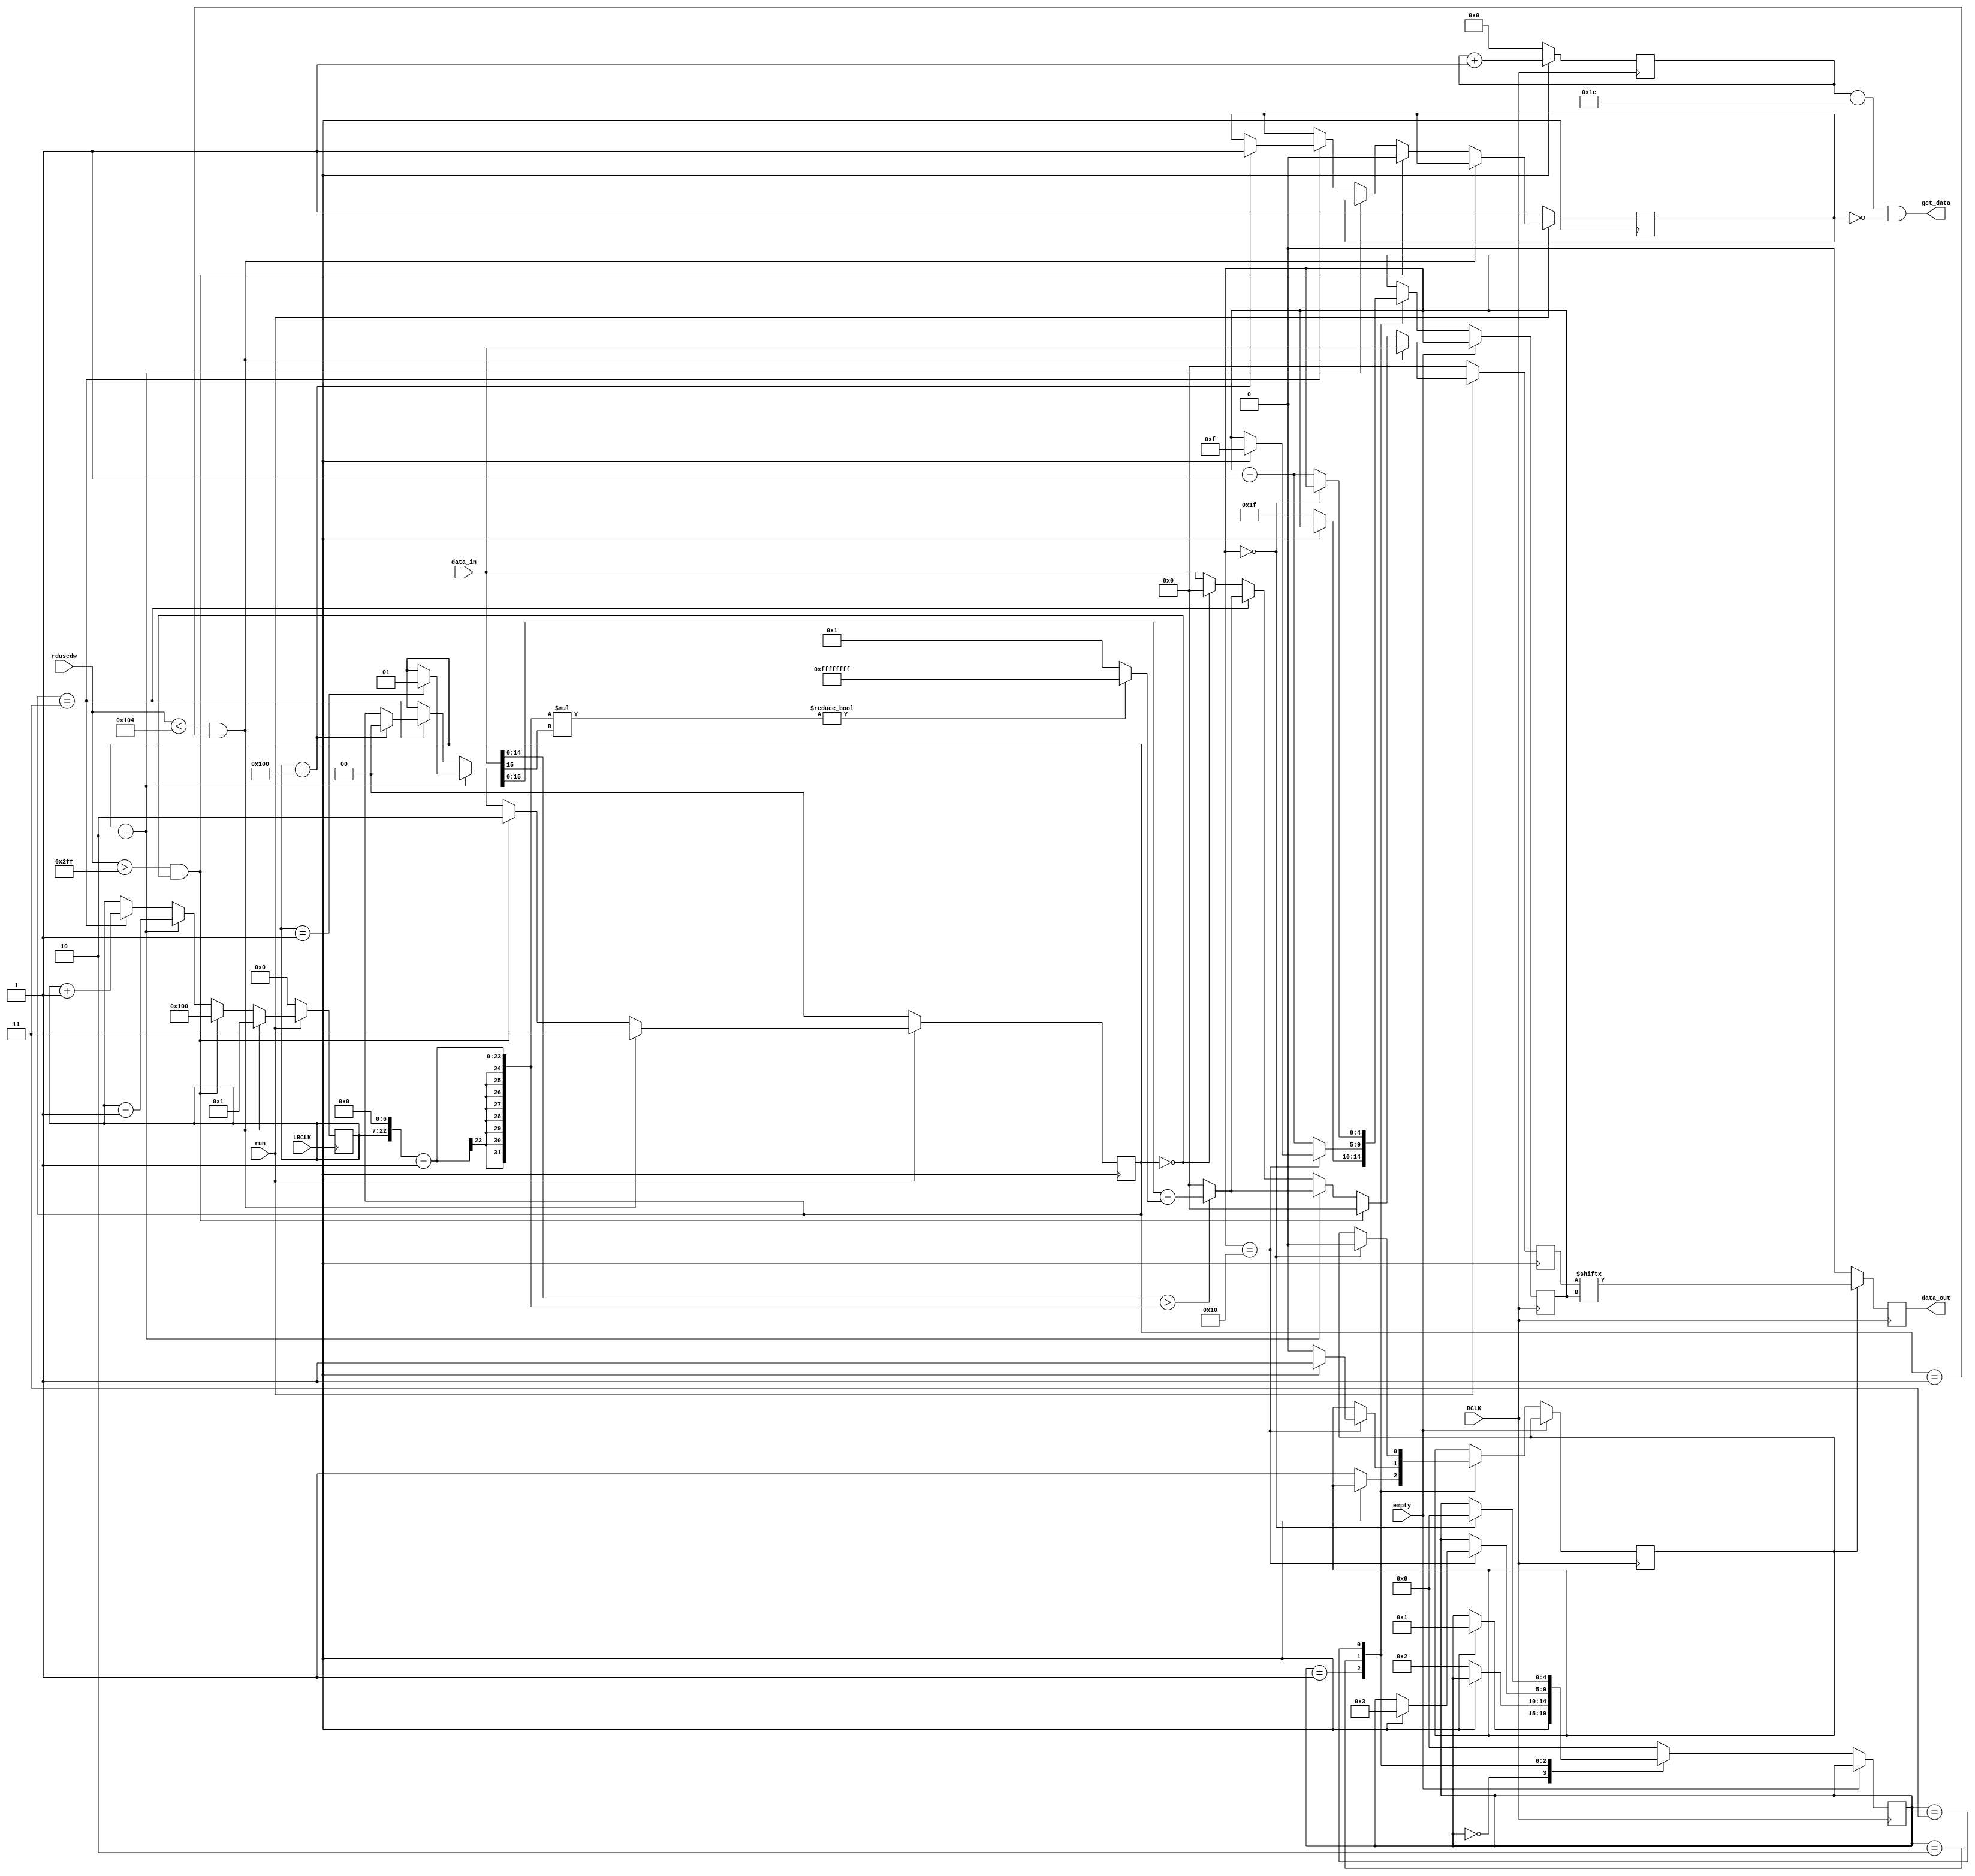
// audio_I2S.v

//
//  HPSDR - High Performance Software Defined Radio
//
//  Angelia code. 
//
//  This program is free software; you can redistribute it and/or modify
//  it under the terms of the GNU General Public License as published by
//  the Free Software Foundation; either version 2 of the License, or
//  (at your option) any later version.
//
//  This program is distributed in the hope that it will be useful,
//  but WITHOUT ANY WARRANTY; without even the implied warranty of
//  MERCHANTABILITY or FITNESS FOR A PARTICULAR PURPOSE.  See the
//  GNU General Public License for more details.
//
//  You should have received a copy of the GNU General Public License
//  along with this program; if not, write to the Free Software
//  Foundation, Inc., 59 Temple Place, Suite 330, Boston, MA  02111-1307  USA

// (C) Phil Harman VK6PH - 2014 

/*


      LRCLK    ---------------+                                         +-----------------------------------------+
                              |                                         |                                         |
                              +-----------------------------------------+                                         +-----

      BCLK      --+  +--+  +--+  +--+  +--+  +--+  +--+  +--+  +--+  +--+  +--+  +--+  +--+  +--+  +--+  +--+  +--+  +--+
                  |  |  |  |  |  |  |  |  |  |  |  |  |  |  |  |  |  |  |  |  |  |  |  |  |  |  |  |  |  |  |  |  |  |  |
                  +--+  +--+  +--+  +--+  +--+  +  +  +--+  +--+  +  +  +--+  +--+  +--+  +  +  +--+  +--+  +  +  +--+  +--

      DIN       --------------------+-----+-----+-- --+-----+-----+ --    ----+-----+-- --+-----+-----+-----+------
      (data bit)                    | 31  | 30  |  // |  17 |  16 |  15 //    | 15  | 14  |     |  1  |  0  |
                --------------------+-----+-----+-- --+-----+-----+ --    ----+-----+-----+-- --+-----+-----+------
                                    <-----------  left channel ---------------><----------- right channel --------------> 
                                    
                        +-----+                                                                             +-----+
                        |     |                                                                             |     |
      get_data ---------+     +-----------------------------------------------------------------------------+     +-----------------            

      TLV320 is in slave, I2S mode.

      NOTE:  BCLK in PLL_IF is set at 180 degrees so that LRCLK changes on negative edge to comply with I2S format 					 
					 
*/

module audio_I2S 
	( 
		input [31:0]data_in,
		input [12:0]rdusedw,
		input run,
		input empty,
		input BCLK,
		input LRCLK,
		output get_data,
		output reg data_out	
	);
	
	
reg [31:0] data_in_tmp;
reg [4:0] state;
reg [4:0] data_count;
reg [15:0] ramp_count;
reg [1:0] ramp_dir = 0; // 0=stay_down 1=stay_up 2=ramp_up 3=ramp_down
reg holdoff;
reg shift = 0;

// (N1GP) below is an attempt to prevent pops/clicks occurring as a result of
// the audio fifo temporarily going empty, ramps are ~ 5.33ms
always @ (posedge LRCLK)
begin 
	if (!run) begin
		ramp_dir <= 2'd0;
		ramp_count <= 15'd0;
		data_in_tmp <= 32'd0;
		holdoff <= 1'd1;
	end
	// low water reached, start ramping down
	else if (rdusedw < 13'd260 && ramp_dir == 2'd1) begin
		ramp_dir <= 2'd3;
		ramp_count <= 15'd1;
		data_in_tmp <= data_in;
	end
	// high water reached, start ramping back up
	else if (rdusedw > 13'd767 && ramp_dir == 2'd0) begin
		ramp_dir <= 2'd2;
		ramp_count <= 15'd256; // ramp time is 256/48000 or 5.33ms
		data_in_tmp <= 32'd0;
		holdoff <= 1'd0;
	end
	// ramp up, sample - (from 32767 to 255) * sign, or 0 if sample < ramp value
	// note that if the sample is negative then it adds the ramp value
	else if (ramp_dir == 2'd2) begin
		data_in_tmp <= {(data_in[30:16] > ((ramp_count<<7)-1)) ?
			($signed(data_in[31:16]) - $signed(((ramp_count<<7)-1)*(data_in[31])?-1:1)) : 16'd0,
				(data_in[14:0] > ((ramp_count<<7)-1)) ?
			($signed(data_in[15:0]) - $signed(((ramp_count<<7)-1)*(data_in[15])?-1:1)) : 16'd0};
		if (ramp_count == 15'd1) ramp_dir <= 1; // now stay even
		ramp_count <= ramp_count - 15'd1;
	end
	// ramp down, sample - (from 255 to 32767) * sign, or 0 if sample < ramp value
	else if (ramp_dir == 2'd3) begin
		data_in_tmp <= {(data_in[30:16] > ((ramp_count<<7)-1)) ?
			($signed(data_in[31:16]) - $signed(((ramp_count<<7)-1)*(data_in[31])?-1:1)) : 16'd0,
				(data_in[14:0] > ((ramp_count<<7)-1)) ?
			($signed(data_in[15:0]) - $signed(((ramp_count<<7)-1)*(data_in[15])?-1:1)) : 16'd0};
		if (ramp_count == 15'd256) begin
			ramp_dir <= 0; // now stay quiet
			holdoff <= 1'd1;
		end
		ramp_count <= ramp_count + 15'd1;
	end
	// things are stable at silent or even level playing
	else if (ramp_dir == 2'd0) data_in_tmp <= 32'd0; // quiet
	else data_in_tmp <= data_in; // even
end

always @ (posedge BCLK)
begin 
	if(!empty)		// only run code if fifo has data available
	begin
		case (state)

		0:	begin
				if (LRCLK) state <= 1;		// loop until LRCLK is high
			end 
			
		1:  begin 
				if (!LRCLK) begin 		// loop until LRCLK is low
					shift <= 1;
					data_count <= 5'd31;
					state <= 2;
				end
			end
			
		2: begin
				if (data_count == 16) begin 
					shift <= 0;
					if(LRCLK) begin 
						data_count <= 15;
						shift <= 1;
						state <= 3;
					end 			
				end 
				else begin
					data_count <= data_count - 5'd1;
				end
			end
			
		3:	begin 
				if (data_count == 0) begin
					shift <= 0;
					state <= 0;
				end
				else data_count <= data_count - 5'd1;
			end 
			
		default: state <= 0;
		endcase
	end 
end 

// clock data out on negedge of BCLK so it can be read on postive edge by TLV320	
// request data just before falling edge of LRCLK 
reg [5:0] get_count;		
always @ (negedge BCLK)
begin 
		if (shift) data_out <= data_in_tmp[data_count];
		else data_out <= 0;
		if (!LRCLK) get_count <= 0;
		else get_count <= get_count + 6'd1;
end 
			
assign get_data = ((get_count == 6'd30) && !holdoff); // if holding off, let fifo fill up
			
			
endmodule